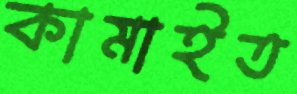
কামাইত